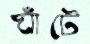
ঘাঁটে